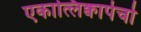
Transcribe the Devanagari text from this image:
एकात्लिक्वापेचो